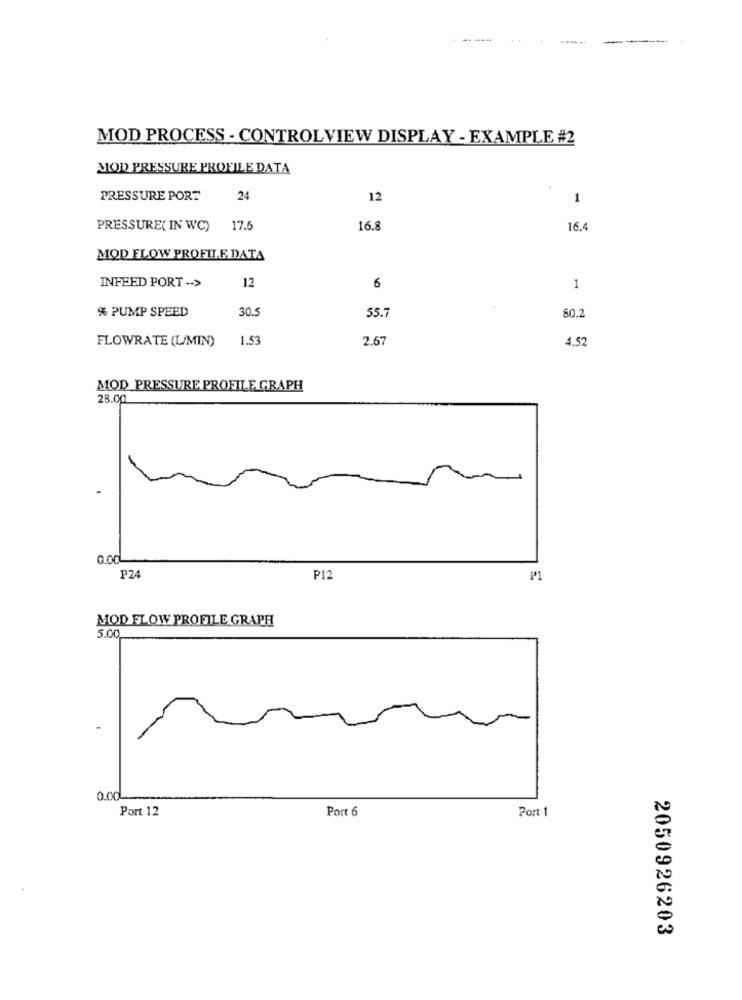
MOD PROCESS - CONTROLVIEW DISPLAY - EXAMPLE #2
MOD PRESSURE PROFILE DATA
PRESSURE PORT
24
12
1
PRESSURE( IN WC) 17.6
16.8
16.4
MOD FLOW PROFILE DATA
12
INFEED PORT -- >
6
1
% PUMP SPEED
30.5
55.7
80.2
FLOWRATE (L/MIN)
1.53
2.67
4.52
MOD PRESSURE PROFILE GRAPH
28.00
0.00
PZ4
P12
MOD FLOW PROFILE GRAPH
5.00
0.00
Port 12
Port 6
Port 1
2050926203